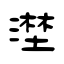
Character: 漜